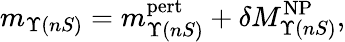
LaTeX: m_{\Upsilon(nS)}=m_{\Upsilon(nS)}^{\mathrm{pert}}+\delta M_{\Upsilon(nS)}^{\mathrm{NP}},